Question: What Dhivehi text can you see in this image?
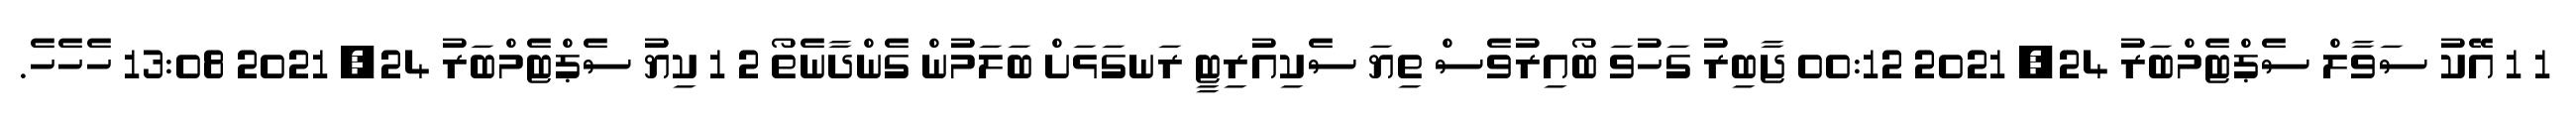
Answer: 1 1 އޭކު ސަވާލް ސެޕްޓެމްބަރު 24, 2021 00:12 ޖާބިރު ގަހުވަ ބޯއިރުވެސް ތިޔަ ސެކިއުރިޓީ ރަނގަޅަށް ބަލަމުން ގެންދާނެތޯ 2 1 ކިޔު ސެޕްޓެމްބަރު 24, 2021 13:08 ހެހެހެ.